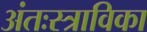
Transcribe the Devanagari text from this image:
अंतःस्त्राविका